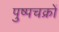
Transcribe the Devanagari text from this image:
पुष्पचक्रों